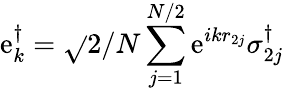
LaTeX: \mathrm{e}_{k}^{\dagger}=\sqrt{}{{2/N}}\sum_{j=1}^{N/2}\mathrm{e}^{ikr_{2j}}\sigma_{2j}^{\dagger}